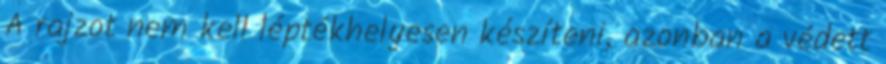
A rajzot nem kell léptékhelyesen készíteni, azonban a védett